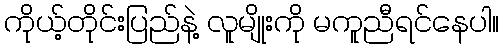
ကိုယ့်တိုင်းပြည်နဲ့ လူမျိုးကို မကူညီရင်နေပါ။